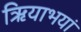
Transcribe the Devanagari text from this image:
ऋियाभयां